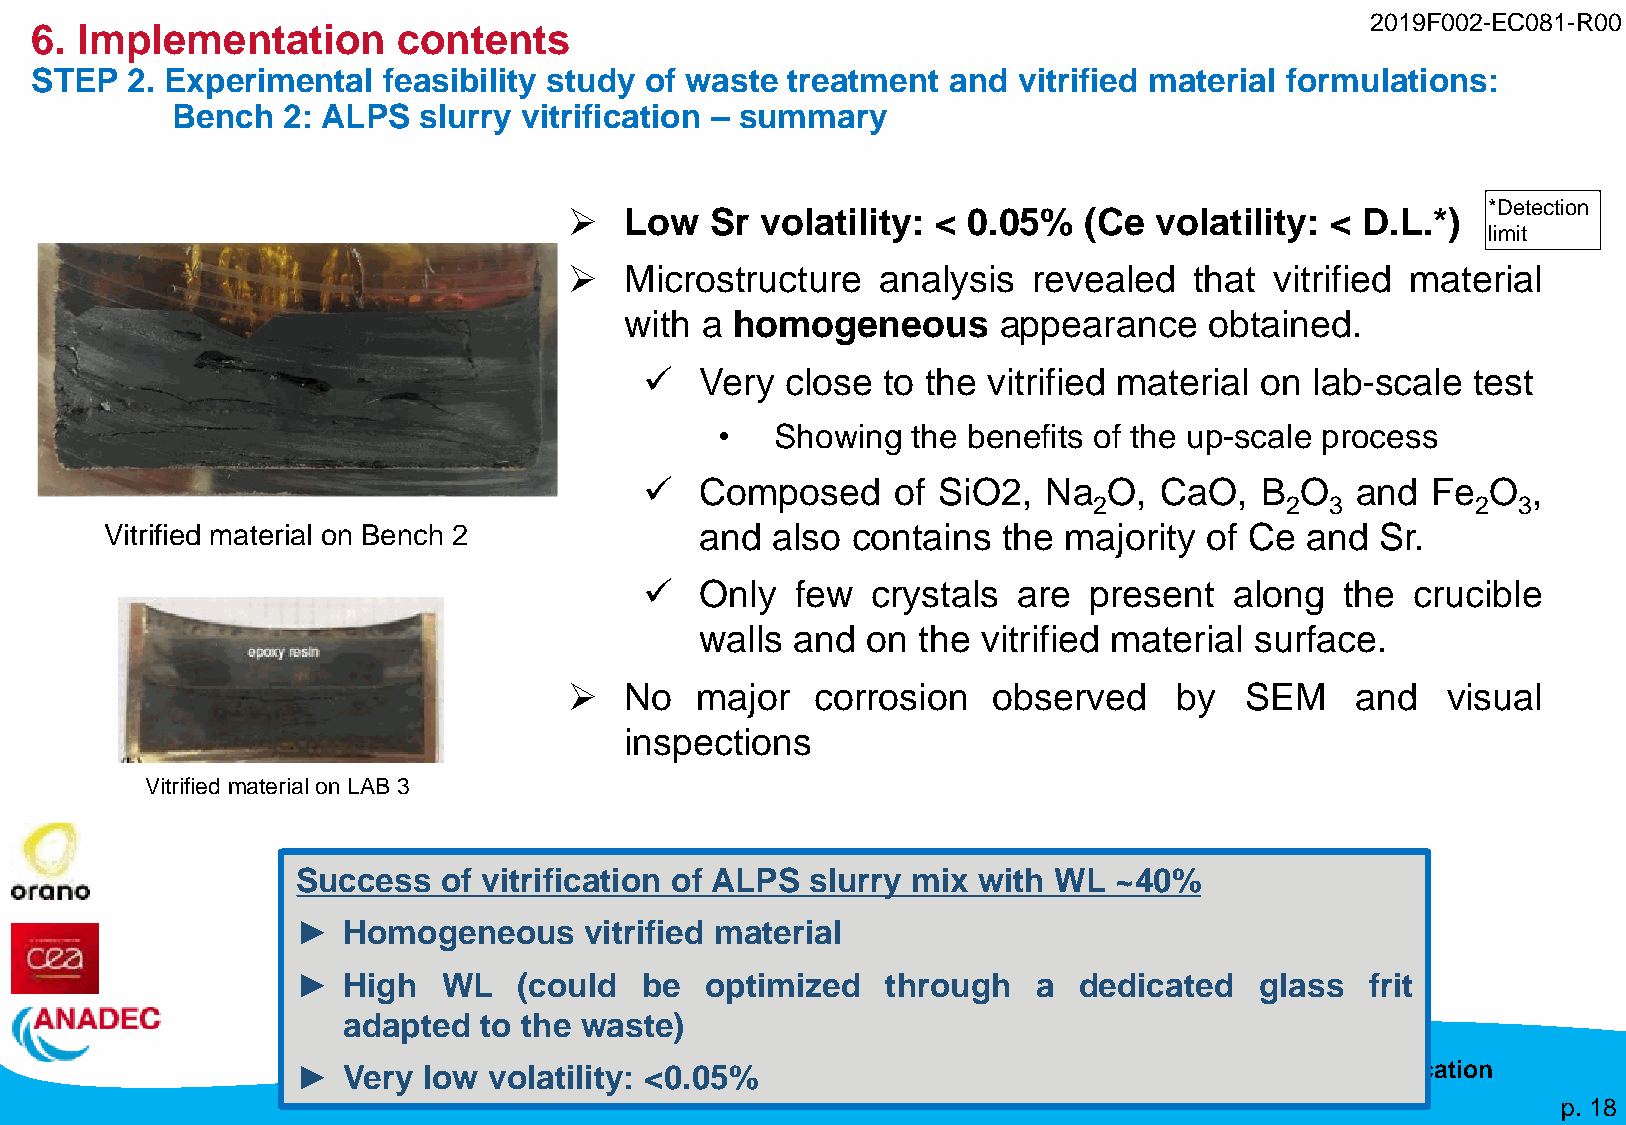
2019F002-EC081-R00
 6. Implementation       contents
 STEP  2. Experimental  feasibility study of waste treatment  and vitrified material formulations:
 Bench   2: ALPS  slurry vitrification – summary
 *Detection
 ➢  Low   Sr volatility: < 0.05%   (Ce volatility: < D.L.*)
 limit
 ➢  Microstructure   analysis  revealed   that vitrified material
 with a homogeneous       appearance    obtained.
 ✓  Very  close to the vitrified material on lab-scale test
 •  Showing  the benefits of the up-scale process
 ✓  Composed     of SiO2,  Na  O,  CaO,  B  O   and  Fe  O ,
 2            2  3         2 3
 Vitrified material on Bench 2          and  also contains  the majority  of Ce and  Sr.
 ✓  Only   few  crystals are  present   along  the  crucible
 walls and  on  the vitrified material surface.
 ➢  No   major   corrosion   observed    by  SEM     and   visual
 inspections
 Vitrified material on LAB 3
 Success  of vitrification of ALPS slurry mix with WL  ~40%
 ►  Homogeneous     vitrified material
 ►  High  WL   (could  be   optimized   through   a dedicated   glass   frit
 adapted  to the waste)
 ►  Very low volatility: <0.05%             Applicability evaluation of In-Can Vitrification
 - FY2019-2020 Achievement -
 p. 18